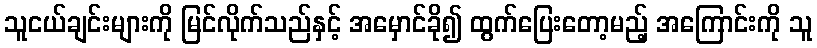
သူငယ်ချင်းများကို မြင်လိုက်သည်နှင့် အမှောင်ခို၍ ထွက်ပြေးတော့မည့် အကြောင်းကို သူ